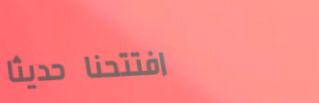
افتتحنا حديثاً